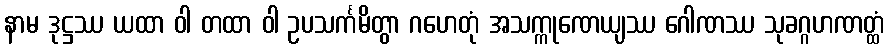
နာမ ဒုဋ္ဌဿ ယထာ ဝါ တထာ ဝါ ဥပသင်္ကမိတွာ ဂဟေတုံ အသက္ကုဏေယျဿ ဂေါဏဿ သုခဂ္ဂဟဏတ္ထံ